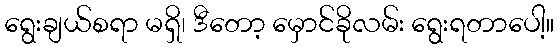
ရွေးချယ်စရာ မရှိ၊ ဒီတော့ မှောင်ခိုလမ်း ရွေးရတာပေါ့။